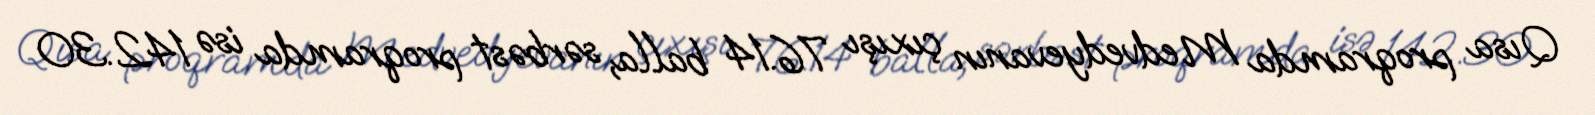
Qısa proqramda Medvedyevanın çıxışı 76.14 balla, sərbəst proqramda isə 142.30